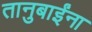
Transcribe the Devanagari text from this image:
तानुबाईंना